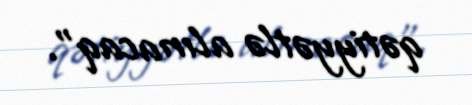
qətiyyətlə alınacaq”.